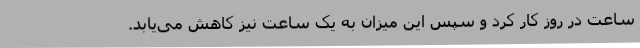
ساعت در روز کار کرد و سپس این میزان به یک ساعت نیز کاهش می‌یابد.